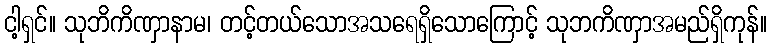
ငါ့ရှင်။ သုဘိကိဏှာနာမ၊ တင့်တယ်သောအသရေရှိသောကြောင့် သုဘကိဏှာအမည်ရှိကုန်။